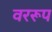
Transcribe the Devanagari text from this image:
वररूप